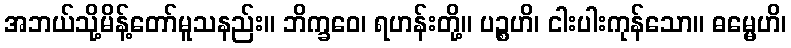
အဘယ်သို့မိန့်တော်မူသနည်း။ ဘိက္ခဝေ၊ ရဟန်းတို့။ ပဉ္စဟိ၊ ငါးပါးကုန်သော။ ဓမ္မေဟိ၊